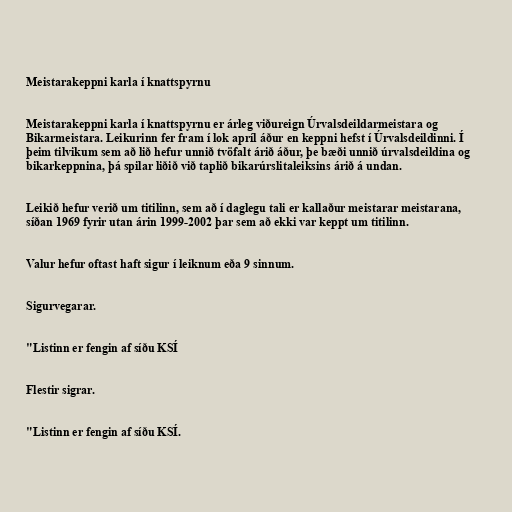
Meistarakeppni karla í knattspyrnu

Meistarakeppni karla í knattspyrnu er árleg viðureign Úrvalsdeildarmeistara og
Bikarmeistara. Leikurinn fer fram í lok apríl áður en keppni hefst í Úrvalsdeildinni. Í
þeim tilvikum sem að lið hefur unnið tvöfalt árið áður, þe bæði unnið úrvalsdeildina og
bikarkeppnina, þá spilar liðið við taplið bikarúrslitaleiksins árið á undan.

Leikið hefur verið um titilinn, sem að í daglegu tali er kallaður meistarar meistarana,
síðan 1969 fyrir utan árin 1999-2002 þar sem að ekki var keppt um titilinn.

Valur hefur oftast haft sigur í leiknum eða 9 sinnum.

Sigurvegarar.

"Listinn er fengin af síðu KSÍ

Flestir sigrar.

"Listinn er fengin af síðu KSÍ.